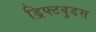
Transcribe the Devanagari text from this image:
ड्रिफ्टवुडस